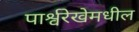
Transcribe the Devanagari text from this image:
पार्श्वरेखेमधील